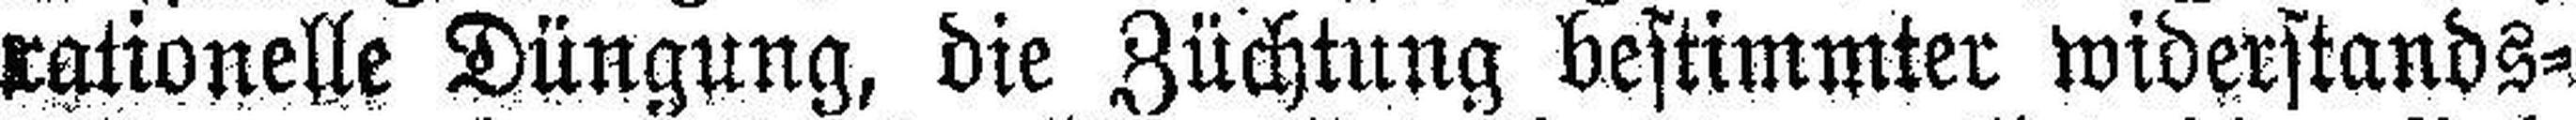
rationelle Düngung, die Züchtung bestimmter widerstands¬